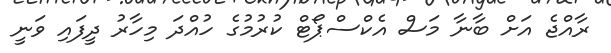
ރާއްޖެ އަށް ބާނާ މަސް އެކްސްޕޯޓް ކުރުމުގެ ހުއްދަ މިހާރު ދީފައި ވަނީ